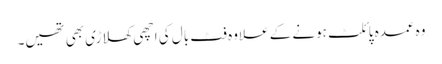
وہ عمدہ پائلٹ ہونے کے علاوہ فٹ بال کی اچھی کھلاڑی بھی تھیں۔